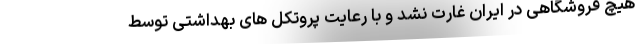
هیچ فروشگاهی در ایران غارت نشد و با رعایت پروتکل های بهداشتی توسط